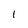
Character: l